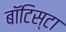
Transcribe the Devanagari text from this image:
बाॅटिस्टा